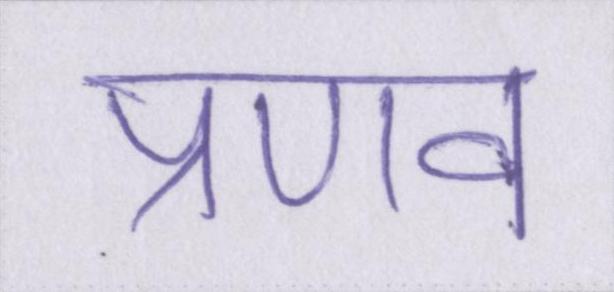
प्रणव